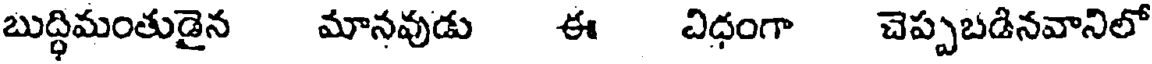
బుద్ధిమంతుడైన మానవుడు ఈ విధంగా చెప్పబడినవానిలో